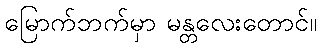
မြောက်ဘက်မှာ မန္တလေးတောင်။